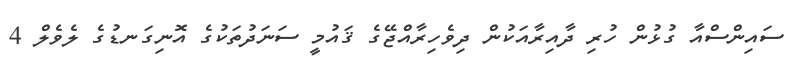
ސައިންސްއާ ގުޅުން ހުރި ދާއިރާއަކުން ދިވެހިރާއްޖޭގެ ޤައުމީ ސަނަދުތަކުގެ އޮނިގަނޑުގެ ލެވެލް 4